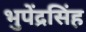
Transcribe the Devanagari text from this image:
भुपेंद्रसिंह